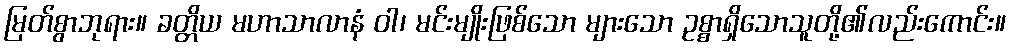
မြတ်စွာဘုရား။ ခတ္တိယ မဟာသာလာနံ ဝါ၊ မင်းမျိုးဖြစ်သော များသော ဥစ္စာရှိသောသူတို့၏လည်းကောင်း။